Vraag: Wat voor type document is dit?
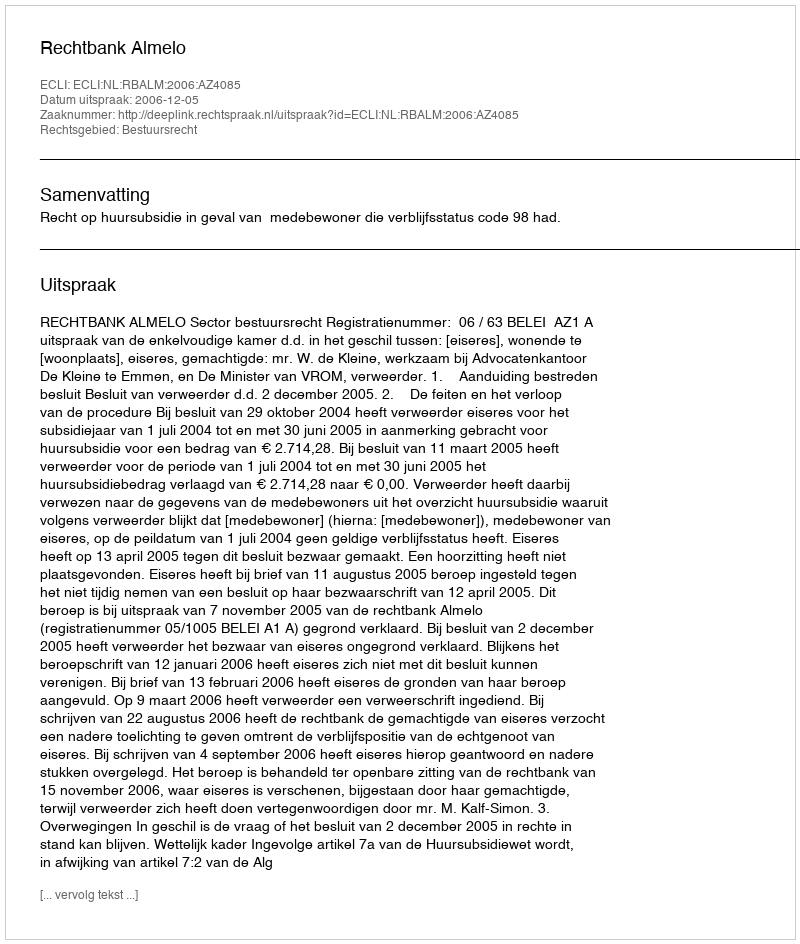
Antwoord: Uitspraak